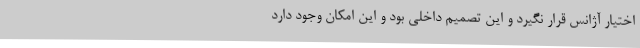
اختیار آژانس قرار نگیرد و این تصمیم داخلی بود و این امکان وجود دارد